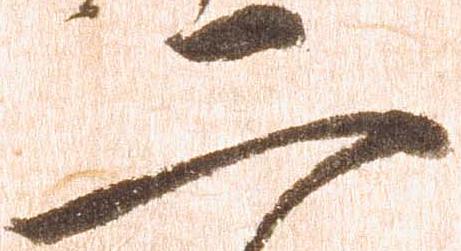
二